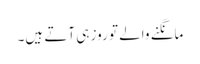
مانگنے والے تو روز ہی آتے ہیں۔